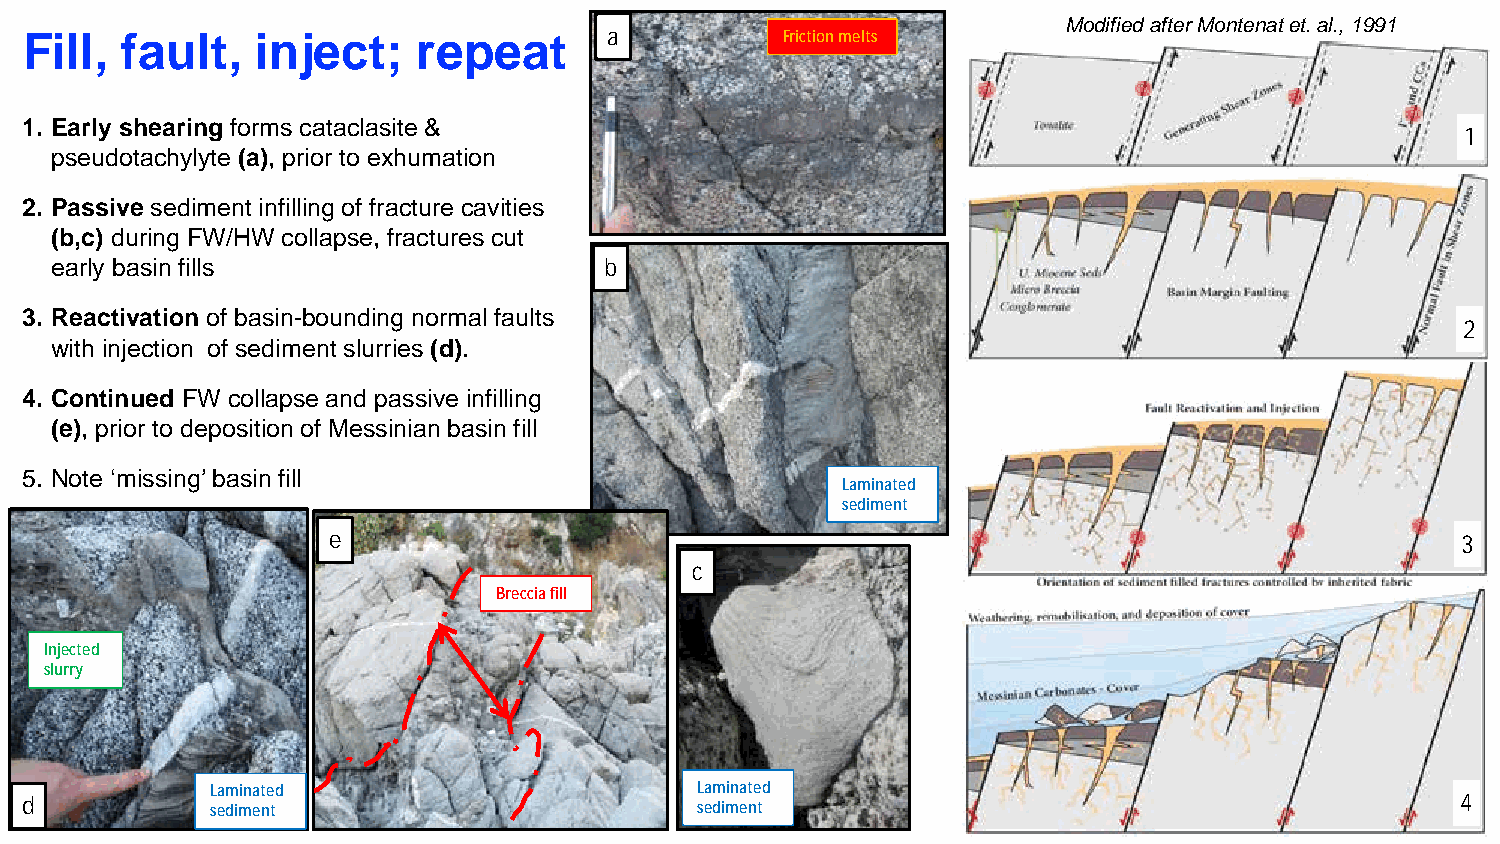
Modified after Montenat et. al., 1991
 a           Friction melts
 Fill, fault,   inject;    repeat
 1. Early shearing forms cataclasite &
 1
 pseudotachylyte (a), prior to exhumation
 2. Passive sediment infilling of fracture cavities
 (b,c) during FW/HW collapse, fractures cut
 early basin fills                    b
 3. Reactivation of basin-bounding normal faults
 2
 with injection of sediment slurries (d).
 4. Continued FW collapse and passive infilling
 (e), prior to deposition of Messinian basin fill
 5. Note ‘missing’ basin fill
 Laminated
 sediment
 e                                                                          3
 c
 Breccia fill
 Injected
 slurry
 Laminated                       Laminated
 d            sediment                        sediment                                           4